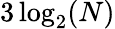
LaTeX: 3\log_{2}(N)